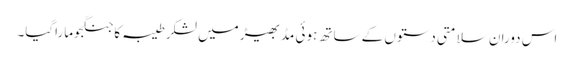
اس دوران سلامتی دستوں کے ساتھ ہوئی مڈبھیڑ میں لشکرطیبہ کا جنگجوماراگیا۔